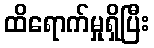
ထိရောက်မှုရှိပြီး